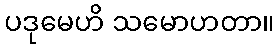
ပဒုမေဟိ သမောဟတာ။